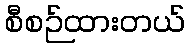
စီစဉ်ထားတယ်